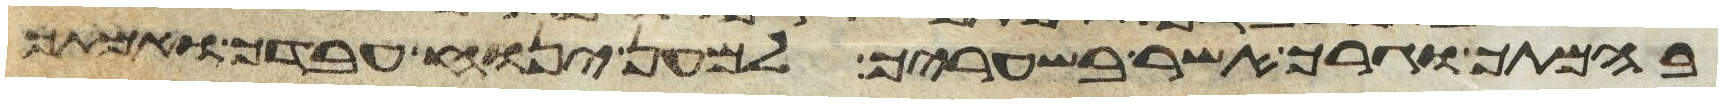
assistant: בהמתך וגרך אשר בשעריך למען ינוח עבדך ואמתך